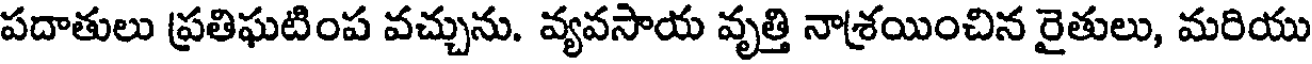
పదాతులు ప్రతిఘటింప వచ్చును. వ్యవసాయ వృత్తి నాశ్రయించిన రైతులు, మరియు